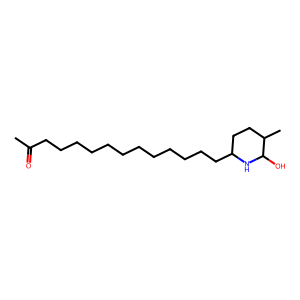
SMILES: CC(=O)CCCCCCCCCCCCC1CCC(C)C(O)N1
Inhibits HIV replication: No